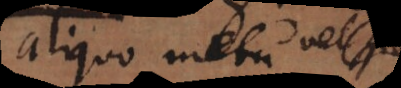
aliquo metu. (+